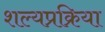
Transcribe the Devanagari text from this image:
शल्यप्रक्रिया